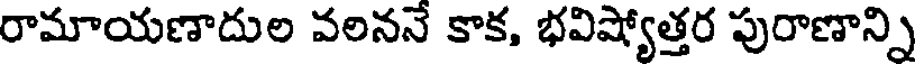
రామాయణాదుల వలననే కాక, భవిష్యోత్తర పురాణాన్ని